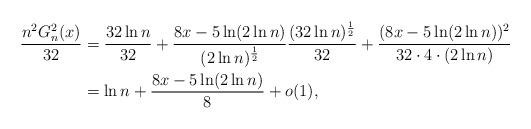
LaTeX: \begin{align*}\frac{n^2G_n^2(x)}{32}&=\frac{32\ln n}{32}+\frac{8x-5\ln(2\ln n)}{(2\ln n)^{\frac{1}{2}}}\frac{(32\ln n)^{\frac{1}{2}}}{32}+\frac{(8x-5\ln(2\ln n))^2}{32\cdot4\cdot(2\ln n)}\\&=\ln n+\frac{8x-5\ln(2\ln n)}{8}+o(1),\end{align*}